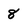
Character: 8